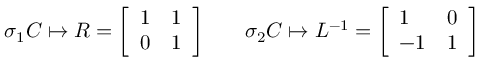
\sigma _ { 1 } C \mapsto R = { \left[ \begin{array} { l l } { 1 } & { 1 } \\ { 0 } & { 1 } \end{array} \right] } \qquad \sigma _ { 2 } C \mapsto L ^ { - 1 } = { \left[ \begin{array} { l l } { 1 } & { 0 } \\ { - 1 } & { 1 } \end{array} \right] }